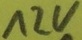
Text: 12V